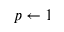
p \gets 1